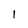
Character: 1